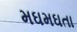
મઘમઘતા